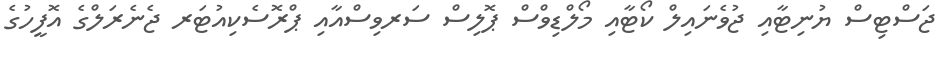
ޖަސްޓިސް ޔުނިޓާއި ޖުވެނައިލް ކޯޓާއި މޯލްޑިވްސް ޕޮލިސް ސަރވިސްއާއި ޕްރޮސެކިއުޓަރ ޖެނެރަލްގެ އޮފީހުގެ